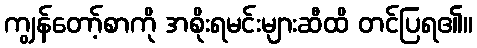
ကျွန်တော့်စာကို အစိုးရမင်းများဆီထိ တင်ပြရ၏။